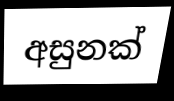
අසුනක්